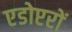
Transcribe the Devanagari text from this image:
एडोप्टरों